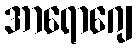
အာရောဂျေ